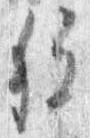
移